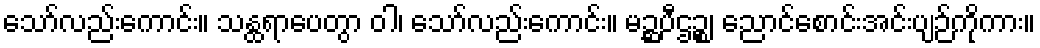
သော်လည်းကောင်း။ သန္ထရာပေတွာ ဝါ၊ သော်လည်းကောင်း။ မဉ္ဆပီဌဉ္စ၊ ညောင်စောင်းအင်းပျဉ်ကိုကား။